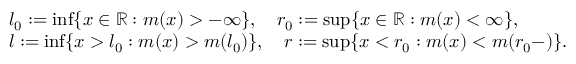
\begin{array} { r l } & { l _ { 0 } : = \operatorname* { i n f } \{ x \in { \mathbb R } : m ( x ) > - \infty \} , \quad r _ { 0 } : = \operatorname* { s u p } \{ x \in { \mathbb R } : m ( x ) < \infty \} , } \\ & { l : = \operatorname* { i n f } \{ x > l _ { 0 } : m ( x ) > m ( l _ { 0 } ) \} , \quad r : = \operatorname* { s u p } \{ x < r _ { 0 } : m ( x ) < m ( r _ { 0 } - ) \} . } \end{array}